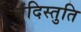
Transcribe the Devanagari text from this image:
नंदिस्तुति